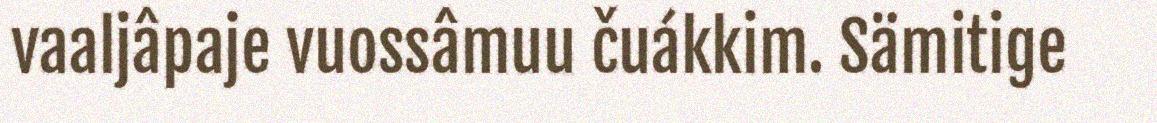
vaaljâpaje vuossâmuu čuákkim. Sämitige